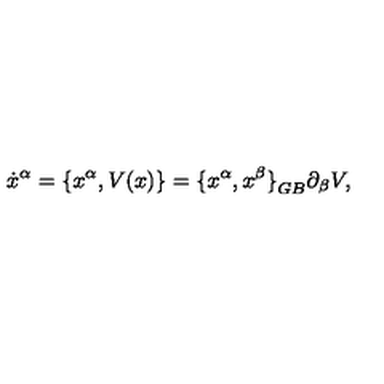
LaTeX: { \dot { x } } ^ { \alpha } = \{ { x } ^ { \alpha } , V ( x ) \} = { \{ x ^ { \alpha } , x ^ { \beta } \} } _ { G B } \partial _ { \beta } V ,